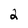
Character: 2